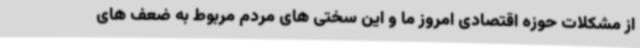
از مشکلات حوزه اقتصادی امروز ما و این سختی های مردم مربوط به ضعف های